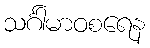
သင်္ဂါမာဝစရေန